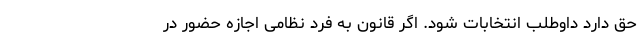
حق دارد داوطلب انتخابات شود. اگر قانون به فرد نظامی اجازه حضور در